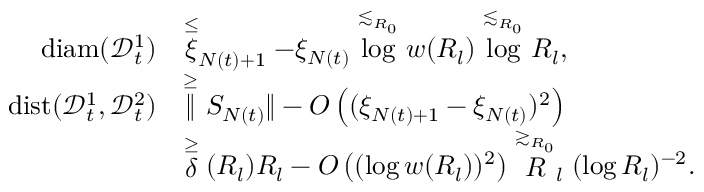
\begin{array} { r l } { \mathrm { d i a m } ( \mathscr { D } _ { t } ^ { 1 } ) } & { \stackrel { \leq } \xi _ { N ( t ) + 1 } - \xi _ { N ( t ) } \stackrel { \lesssim _ { R _ { 0 } } } \log w ( R _ { l } ) \stackrel { \lesssim _ { R _ { 0 } } } \log R _ { l } , } \\ { \mathrm { d i s t } ( \mathscr { D } _ { t } ^ { 1 } , \mathscr { D } _ { t } ^ { 2 } ) } & { \stackrel { \geq } \| S _ { N ( t ) } \| - O \left( ( \xi _ { N ( t ) + 1 } - \xi _ { N ( t ) } ) ^ { 2 } \right) } \\ & { \stackrel { \geq } \delta ( R _ { l } ) R _ { l } - O \left( ( \log w ( R _ { l } ) ) ^ { 2 } \right) \stackrel { \gtrsim _ { R _ { 0 } } } R _ { l } ( \log R _ { l } ) ^ { - 2 } . } \end{array}